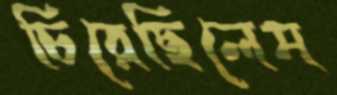
চিরেছিলেম